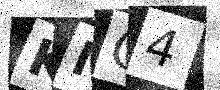
Text: KMC4